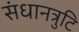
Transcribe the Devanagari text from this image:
संधानत्रुटि